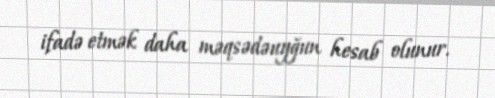
ifadə etmək daha məqsədəuyğun hesab olunur.